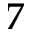
7